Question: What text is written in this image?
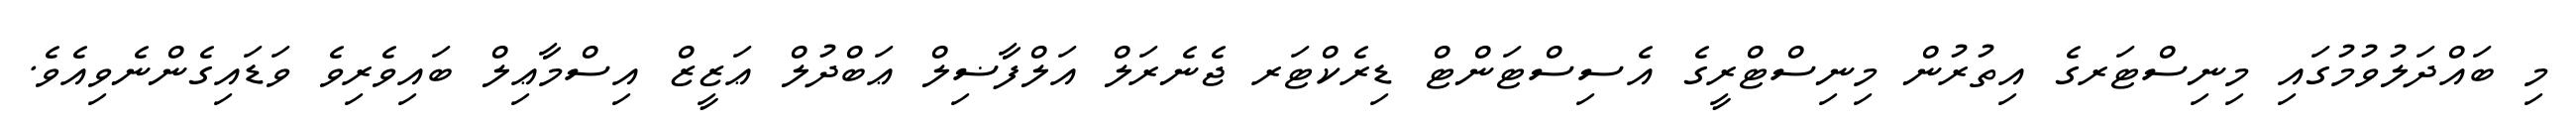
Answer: މި ބައްދަލުވުމުގައި މިނިސްޓަރގެ އިތުރުން މިނިސްޓްރީގެ އެސިސްޓަންޓް ޑިރެކްޓަރ ޖެނެރަލް އަލްފާޟިލް ޢަބްދުލް ޢަޒީޒް އިސްމާޢިލް ބައިވެރިވެ ވަޑައިގެންނެވިއެވެ.